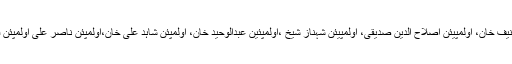
دوسری جانب ہاکی کے عظیم کھلاڑیوں اور سابق قومی کپتان اولمپیئن سمیع اللہ خان، اولمپیئن حنیف خان، اولمپیئن اصلاح الدین صدیقی، اولمپیئن شہناز شیخ ،اولمپئین عبدالوحید خان، اولمپئن شاہد علی خان،اولمپئن ناصر علی اولمپئن فرحت خان، اولمپئن منظور سینئر نے بھی عمران خان کو قومی انتخابات جیتنے پر مبارکباد دی۔